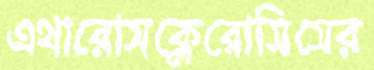
এথারোসক্লেরোসিসের